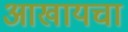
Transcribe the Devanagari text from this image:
आखायचा